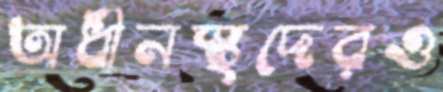
অধীনস্থদেরও